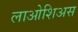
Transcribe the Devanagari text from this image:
लाओशिअस